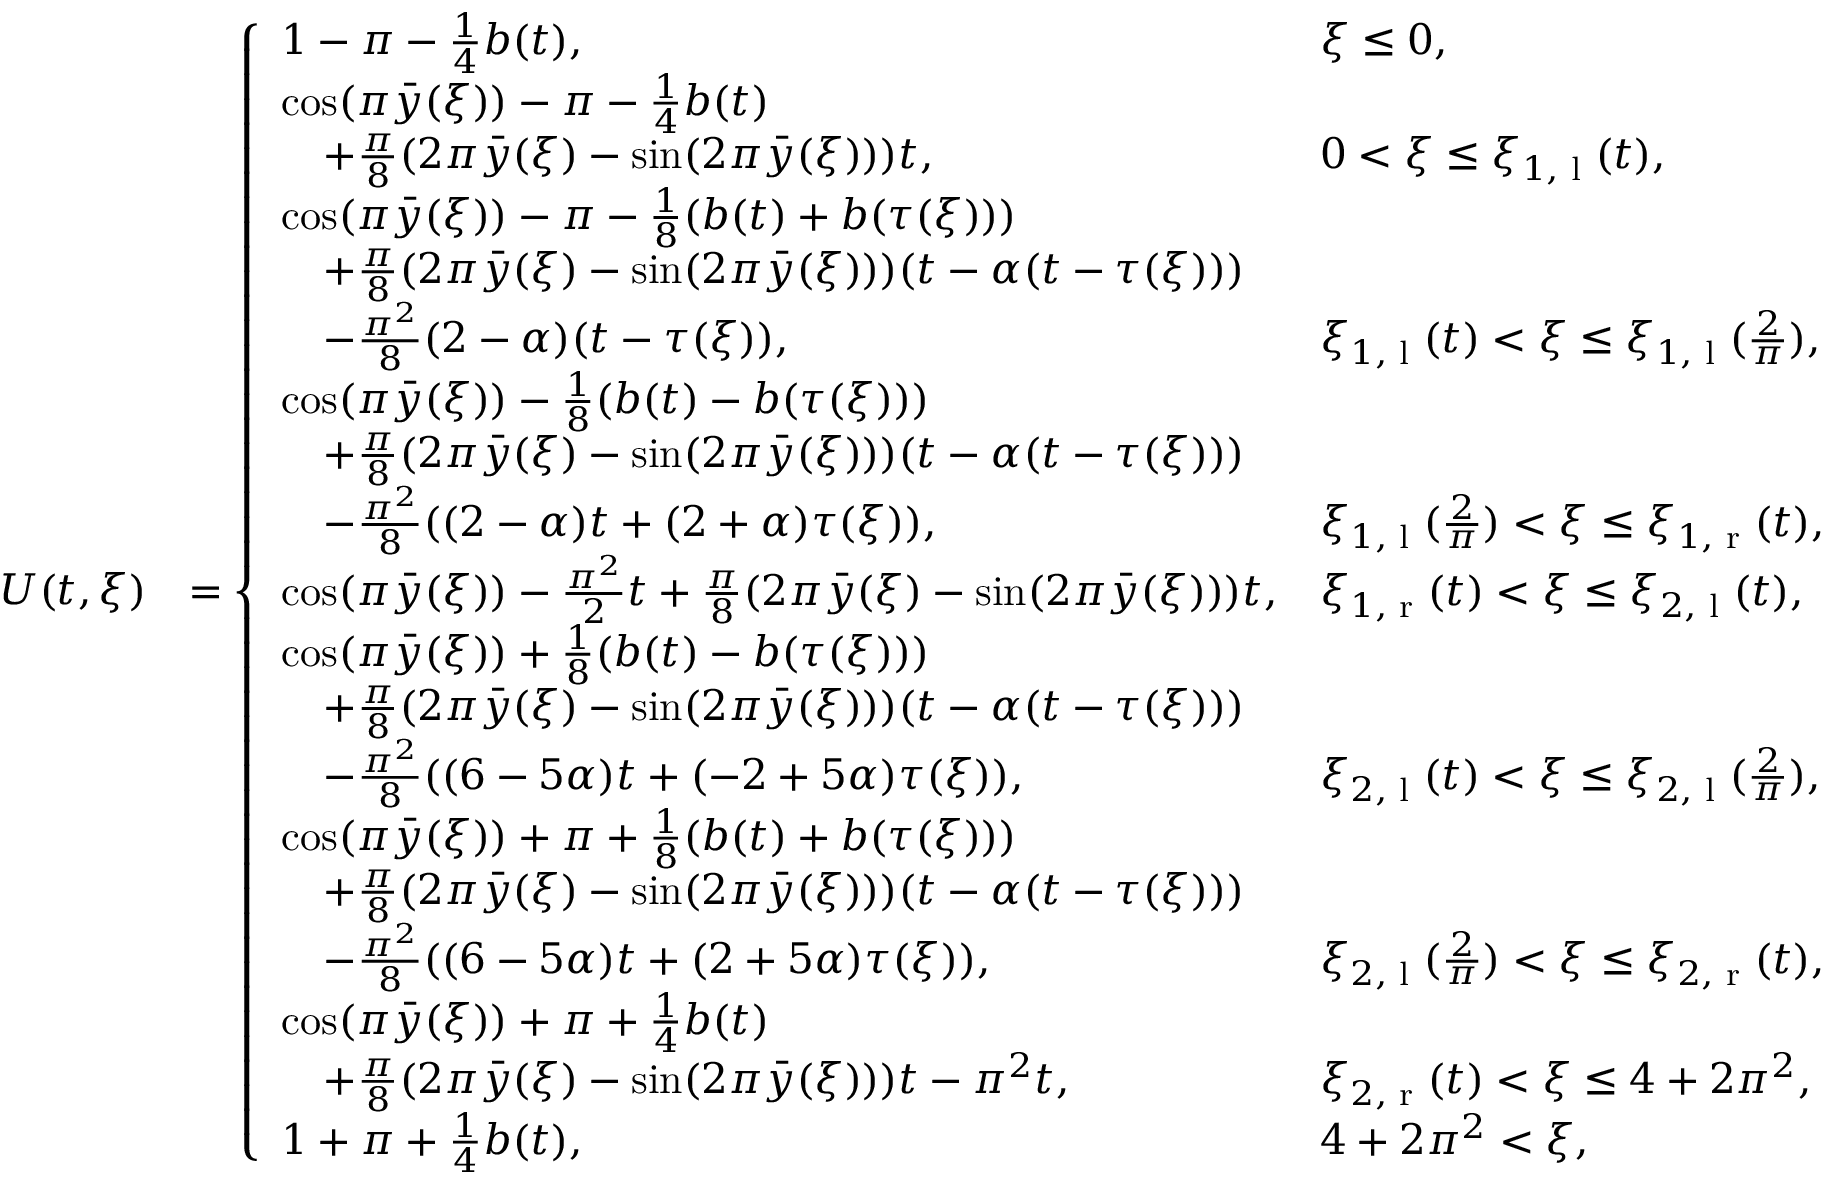
\begin{array} { r l } { U ( t , \xi ) } & { = \left\{ \begin{array} { l l } { 1 - \pi - \frac { 1 } { 4 } b ( t ) , } & { \xi \leq 0 , } \\ { \cos ( \pi \bar { y } ( \xi ) ) - \pi - \frac { 1 } { 4 } b ( t ) } \\ { \quad + \frac { \pi } { 8 } ( 2 \pi \bar { y } ( \xi ) - \sin ( 2 \pi \bar { y } ( \xi ) ) ) t , } & { 0 < \xi \leq \xi _ { 1 , \textrm { l } } ( t ) , } \\ { \cos ( \pi \bar { y } ( \xi ) ) - \pi - \frac { 1 } { 8 } ( b ( t ) + b ( \tau ( \xi ) ) ) } \\ { \quad + \frac { \pi } { 8 } ( 2 \pi \bar { y } ( \xi ) - \sin ( 2 \pi \bar { y } ( \xi ) ) ) ( t - \alpha ( t - \tau ( \xi ) ) ) } \\ { \quad - \frac { \pi ^ { 2 } } { 8 } ( 2 - \alpha ) ( t - \tau ( \xi ) ) , } & { \xi _ { 1 , \textrm { l } } ( t ) < \xi \leq \xi _ { 1 , \textrm { l } } ( \frac { 2 } { \pi } ) , } \\ { \cos ( \pi \bar { y } ( \xi ) ) - \frac { 1 } { 8 } ( b ( t ) - b ( \tau ( \xi ) ) ) } \\ { \quad + \frac { \pi } { 8 } ( 2 \pi \bar { y } ( \xi ) - \sin ( 2 \pi \bar { y } ( \xi ) ) ) ( t - \alpha ( t - \tau ( \xi ) ) ) } \\ { \quad - \frac { \pi ^ { 2 } } { 8 } ( ( 2 - \alpha ) t + ( 2 + \alpha ) \tau ( \xi ) ) , } & { \xi _ { 1 , \textrm { l } } ( \frac { 2 } { \pi } ) < \xi \leq \xi _ { 1 , \textrm { r } } ( t ) , } \\ { \cos ( \pi \bar { y } ( \xi ) ) - \frac { \pi ^ { 2 } } { 2 } t + \frac { \pi } { 8 } ( 2 \pi \bar { y } ( \xi ) - \sin ( 2 \pi \bar { y } ( \xi ) ) ) t , } & { \xi _ { 1 , \textrm { r } } ( t ) < \xi \leq \xi _ { 2 , \textrm { l } } ( t ) , } \\ { \cos ( \pi \bar { y } ( \xi ) ) + \frac { 1 } { 8 } ( b ( t ) - b ( \tau ( \xi ) ) ) } \\ { \quad + \frac { \pi } { 8 } ( 2 \pi \bar { y } ( \xi ) - \sin ( 2 \pi \bar { y } ( \xi ) ) ) ( t - \alpha ( t - \tau ( \xi ) ) ) } \\ { \quad - \frac { \pi ^ { 2 } } { 8 } ( ( 6 - 5 \alpha ) t + ( - 2 + 5 \alpha ) \tau ( \xi ) ) , } & { \xi _ { 2 , \textrm { l } } ( t ) < \xi \leq \xi _ { 2 , \textrm { l } } ( \frac { 2 } { \pi } ) , } \\ { \cos ( \pi \bar { y } ( \xi ) ) + \pi + \frac { 1 } { 8 } ( b ( t ) + b ( \tau ( \xi ) ) ) } \\ { \quad + \frac { \pi } { 8 } ( 2 \pi \bar { y } ( \xi ) - \sin ( 2 \pi \bar { y } ( \xi ) ) ) ( t - \alpha ( t - \tau ( \xi ) ) ) } \\ { \quad - \frac { \pi ^ { 2 } } { 8 } ( ( 6 - 5 \alpha ) t + ( 2 + 5 \alpha ) \tau ( \xi ) ) , } & { \xi _ { 2 , \textrm { l } } ( \frac { 2 } { \pi } ) < \xi \leq \xi _ { 2 , \textrm { r } } ( t ) , } \\ { \cos ( \pi \bar { y } ( \xi ) ) + \pi + \frac { 1 } { 4 } b ( t ) } \\ { \quad + \frac { \pi } { 8 } ( 2 \pi \bar { y } ( \xi ) - \sin ( 2 \pi \bar { y } ( \xi ) ) ) t - \pi ^ { 2 } t , } & { \xi _ { 2 , \textrm { r } } ( t ) < \xi \leq 4 + 2 \pi ^ { 2 } , } \\ { 1 + \pi + \frac { 1 } { 4 } b ( t ) , } & { 4 + 2 \pi ^ { 2 } < \xi , } \end{array} \right. } \end{array}